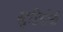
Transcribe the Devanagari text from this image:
स्टुडियोची